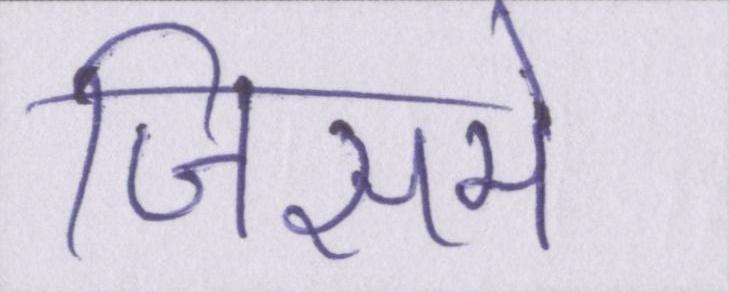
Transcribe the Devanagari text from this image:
जिसमे